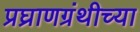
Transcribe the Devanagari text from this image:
प्रघ्राणग्रंथीच्या